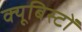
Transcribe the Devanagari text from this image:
क्यूबिस्टों